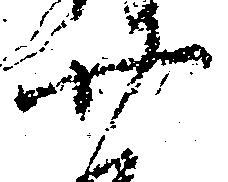
廿